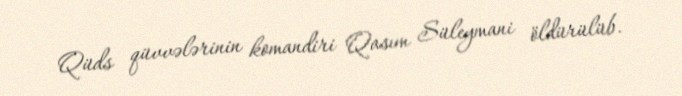
Qüds qüvvələrinin komandiri Qasım Süleymani öldürülüb.